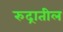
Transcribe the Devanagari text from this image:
रुद्रातील